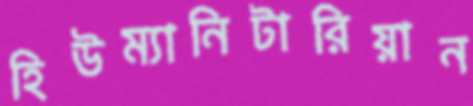
হিউম্যানিটারিয়ান